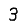
Digit: 3